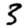
Digit: 3